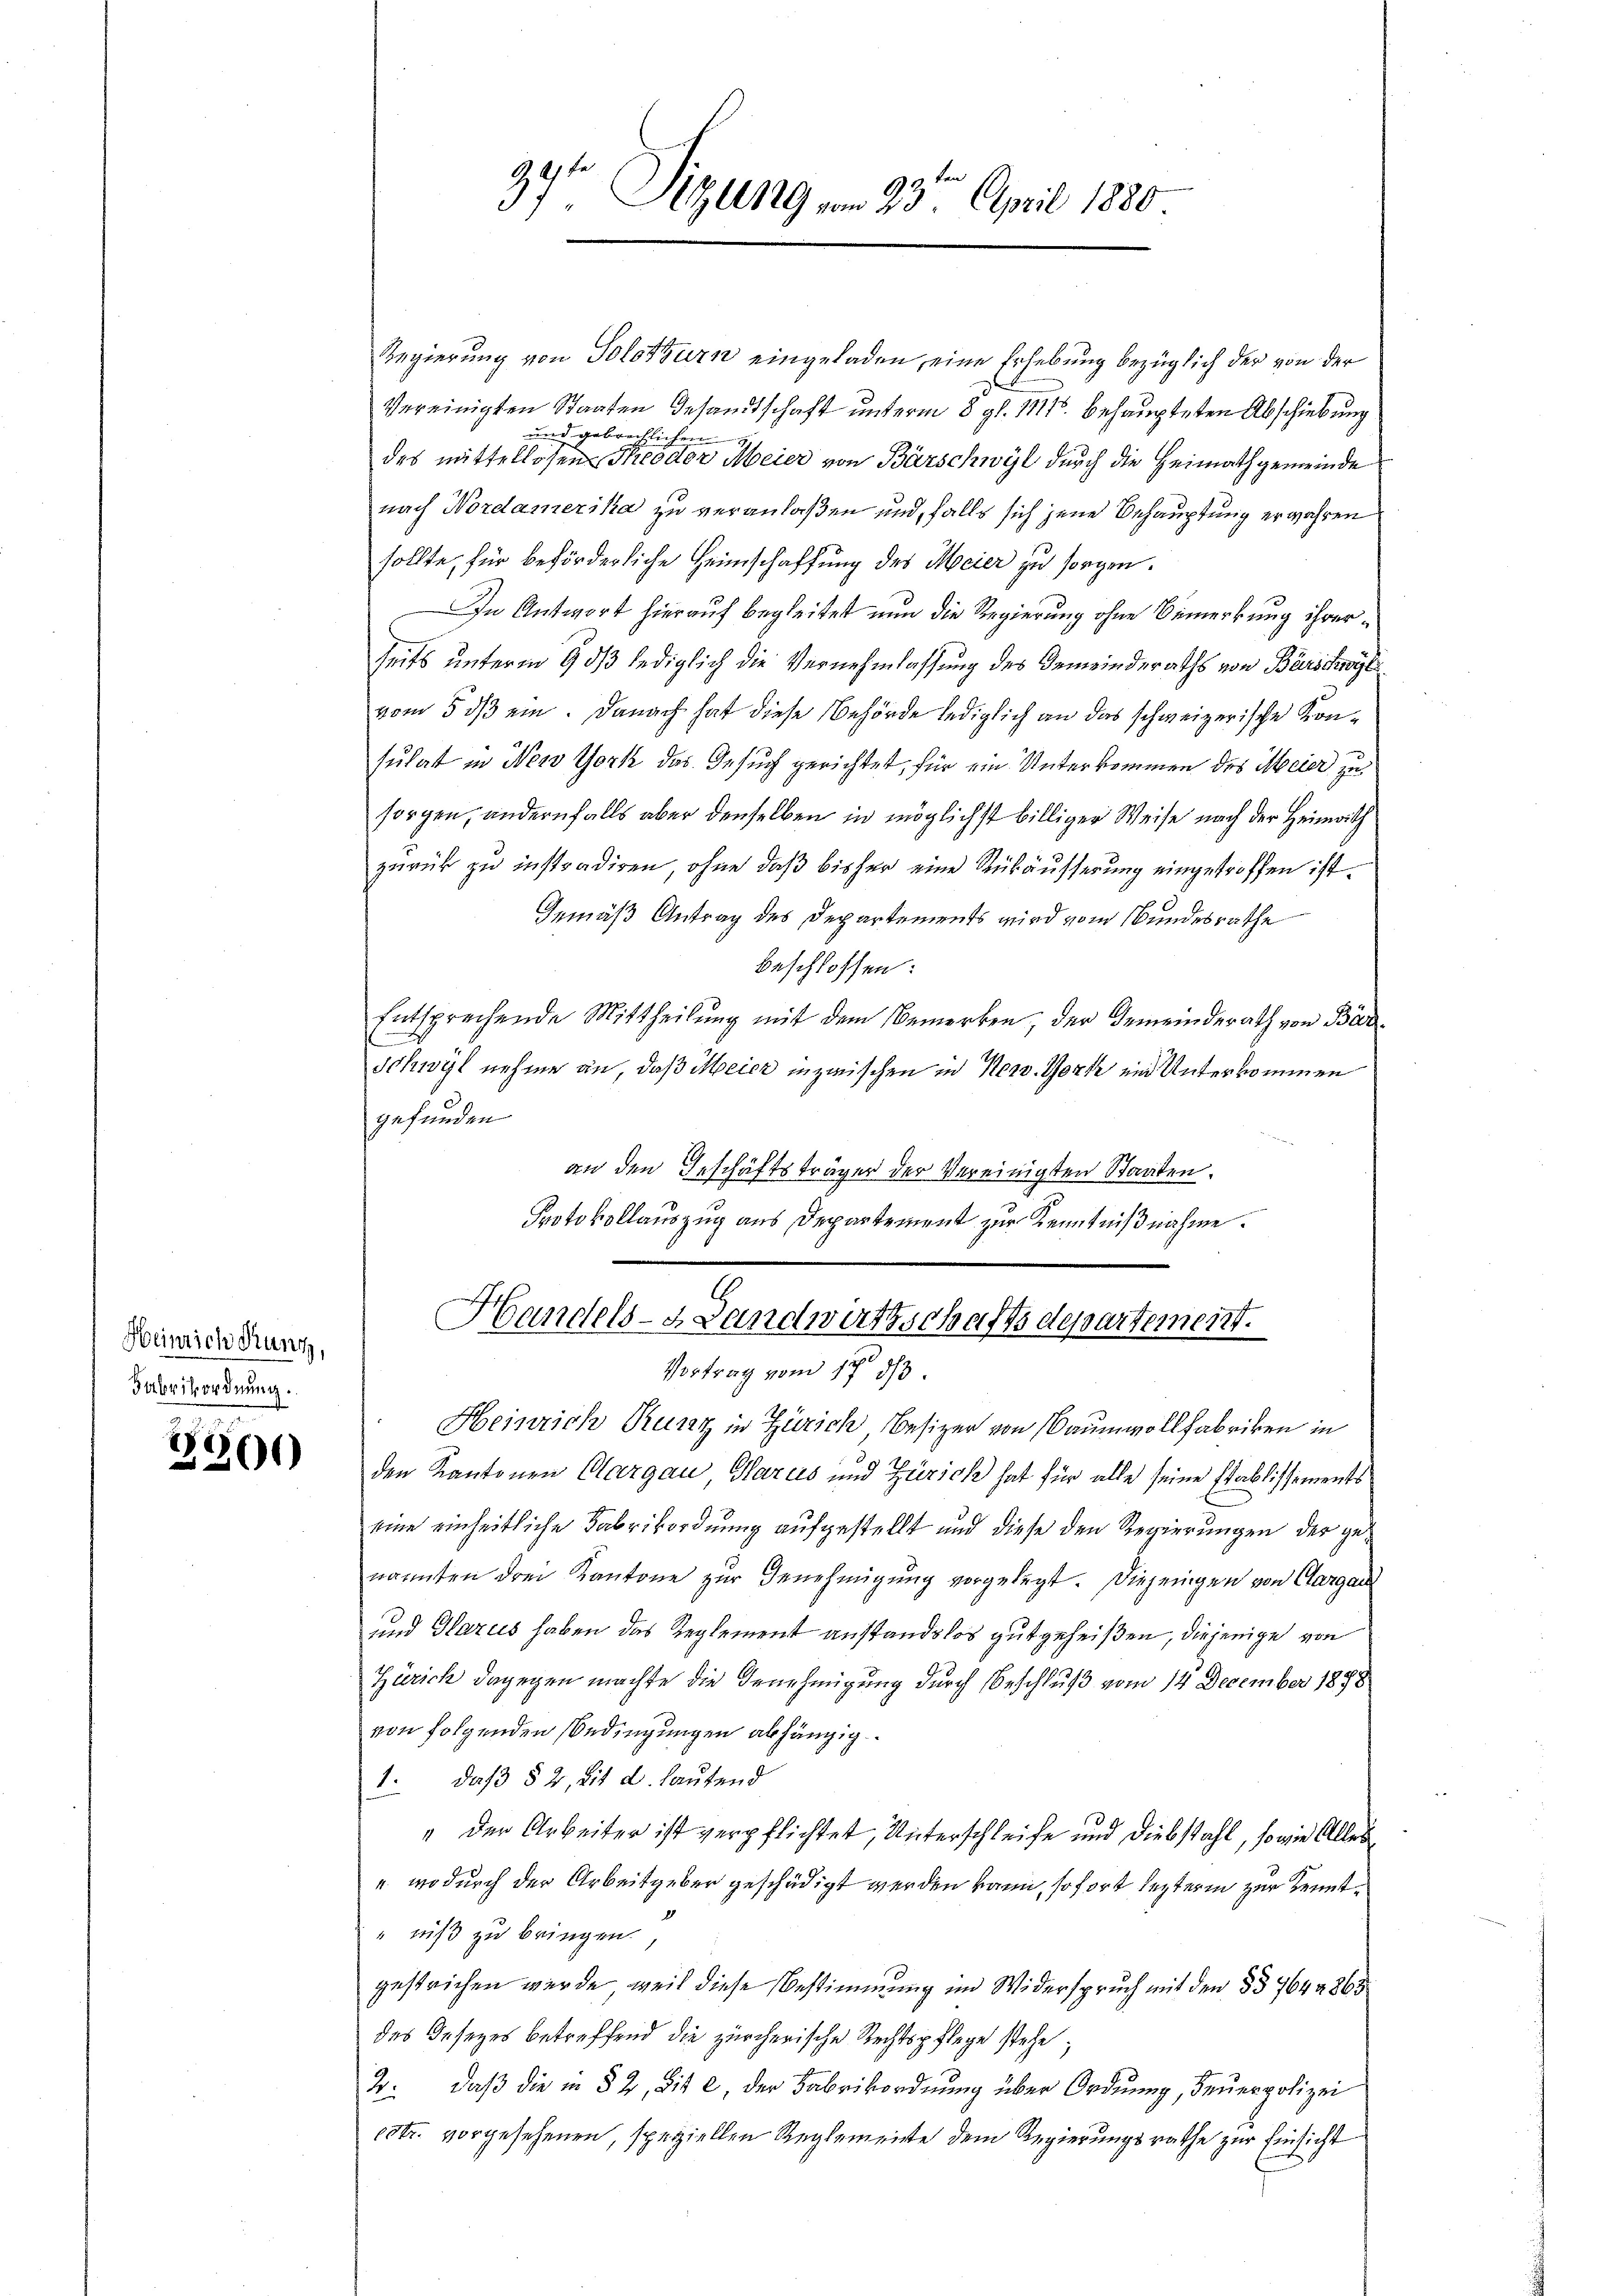
Heinrich Kunz,
Fabrikordnung.

226

37ten Sizung vom 23. April 1880

Regierung von Solothurn eingeladen, eine Erhebung bezüglich der von der
Vereinigten Staaten Gesandtschaft unterm 8. gl. 1111. behaupteten Abschiebung
und gebrechlichen
des mittellosen Theodor Meier von Barschwyl durch die Heimathgemeinde
nach Nordamerika zu veranlaßen und, falls sich jene Behauptung erwahren
sollte, für beförderliche Heimschaffung des Meier zu sorgen.
In Antwort hierauf begleitet nun die Regierung ohne Bemerkung ihrer¬
Zeits unterm 9. dβ lediglich die Vernehmlassung des Gemeinderaths von Burschreyli
vom 5. ds ein. Danach hat diese Behörde lediglich an das schweizerische Konsulat in Nerv York das Gesuch gerichtet, für ein Unterkommen des Meier zu
sorgen, andernfalls aber denselben in möglichst billiger Weise nach der Heimwith
zurück zu instradiren, ohne daß bisher eine Rükäusserung eingetroffen ist.
Gemäß Antrag des Departements wird vom Bundesrathe
beschlossen:
Entsprechende Mittheilung mit dem Bemerken der Gemeinderath von Bar¬
Schwyl nehme an, daß Meier inzwischen in Nerv. Gork und Unterkommen
gefunden
an den Geschäftsträger der Vereinigten Staaten.
Protokollauszug aus Departement zur Kenntnißnahme.

Handels- Landwirtschaftsdepartement.
Vortrag vom 17. d.
4
2
Heinrich Runz in Zürich Besizer von Baumwollfabriken in

den Kantonen Aargau, Glarus und Zürich hat für alle seine Etablissements
eine einheitliche Fabrikordnung aufgestellt und diese den Regierungen der genannten drei Kantone zur Genehmigung vorgelegt. Diejenigen von Aargau
und Glarus haben das Reglement anstandslos gutgeheißen, diejenige von
Zürich dagegen machte die Genehmigung durch Beschluß vom 14 December 1898
von folgenden Bedingungen abhängig
1. daß § 2, lit. d. lautend
" der Arbeiter ist verpflichtet, Unterschleife und Diebstahl, so wie Alles
 wodurch der Arbeitgeber geschädigt werden kann, sofort leztere zur Kenntniß zu bringen,
gestrichen werde, weil diese Bestimmung im Widerspruch mit den §§ 7644863
des Gesezes betreffend die zürcherische Rechtspflege stehe;
2. daß die in § 2, bis 2, der Fabrikordnung über Ordnung, Feuerpolizei
estr. vorgesehenen, speziellen Reglemente dem Regierungsrathe zur Einsicht